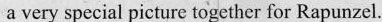
a very special picture together for Rapunzel.